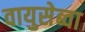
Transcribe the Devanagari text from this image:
वायुसेब्वा